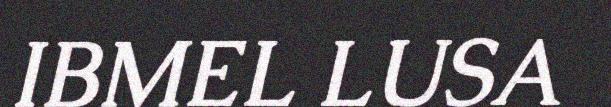
IBMEL LUSA